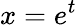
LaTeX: x=e^{t}